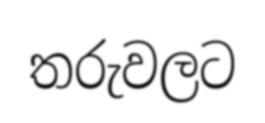
තරුවලට